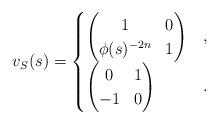
LaTeX: \begin{gather*}v_S(s) = \begin{cases}\left(\begin{matrix}1 & 0\\\phi(s)^{-2n} & 1\end{matrix}\right) & , \\\left(\begin{matrix}0 & 1\\-1 & 0\end{matrix}\right) & .\end{cases}\end{gather*}